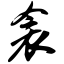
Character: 衾